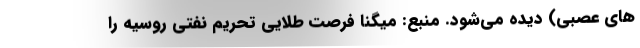
های عصبی) دیده می‌شود. منبع: میگنا فرصت طلایی تحریم نفتی روسیه را